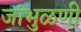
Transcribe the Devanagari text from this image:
जांभुळणी